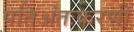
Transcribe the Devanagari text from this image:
पतिअंतःकरणी